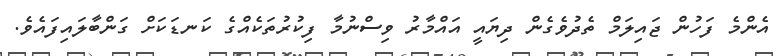
އެންމެ ފަހުން ޖައިލަމް ތެދުވެގެން ދިޔައީ އައްމާރު ވިސްނުމާ ފިކުރުތަކެއްގެ ކަނޑަކަށް ގަންބާލައިފައެވެ.